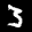
Label: 3